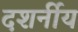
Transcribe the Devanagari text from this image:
दशर्नीय